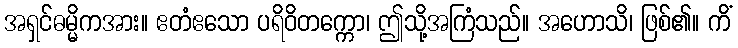
အရှင်ဓမ္မိကအား။ ဧတံဧသော ပရိဝိတက္ကော၊ ဤသို့အကြံသည်။ အဟောသိ၊ ဖြစ်၏။ ကိံ